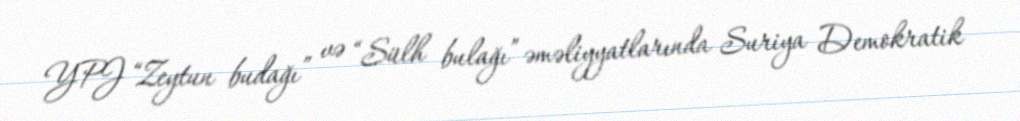
YPJ “Zeytun budağı” və “Sülh bulağı” əməliyyatlarında Suriya Demokratik